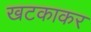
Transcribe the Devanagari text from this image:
खटकाकर